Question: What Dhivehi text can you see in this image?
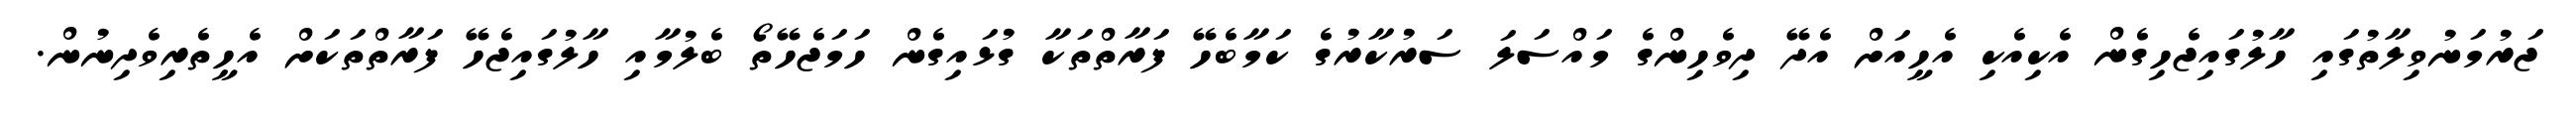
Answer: ޖަރުމަނުވިލާތުގައި ހާލުގައިޖެހިގެން އެކިއެކި އެހީއަށް އެދޭ ދިވެހިންގެ މައްސަލަ ސަރުކާރުގެ ކަމާބެހޭ ފަރާތްތަކާ ގުޅައިގެން ހަމަޖެހޭތޯ ބެލުމާއި ހާލުގައިޖެހޭ ފަރާތްތަކަށް އެހީތެރިވެދިނުން.